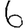
Digit: 6